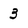
Character: 3